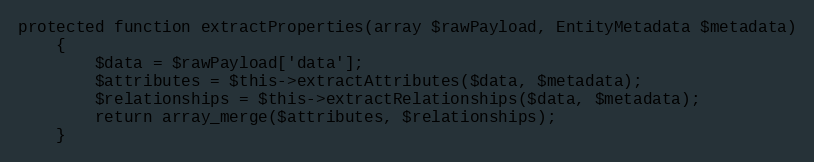
Language: PHP
protected function extractProperties(array $rawPayload, EntityMetadata $metadata)
    {
        $data = $rawPayload['data'];
        $attributes = $this->extractAttributes($data, $metadata);
        $relationships = $this->extractRelationships($data, $metadata);
        return array_merge($attributes, $relationships);
    }